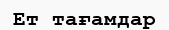
Ет тағамдар